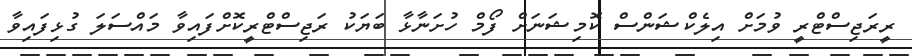
ރީރަޖިސްޓްރީ ވުމަށް އިލެކްޝަންސް ކޮމިޝަނަށް ފޯމް ހުށަނާޅާ ބަޔަކު ރަޖިސްޓްރީކޮށްފައިވާ މައްސަލަ ގުޅިފައިވާ